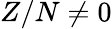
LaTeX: Z/N\neq 0